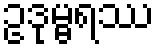
ဥဒုမ္ဗရဿ